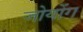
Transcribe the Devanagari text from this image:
जोयोंग